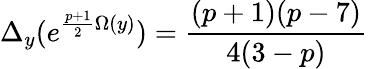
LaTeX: \Delta_{y}(e^{\frac{p+1}{2}\Omega(y)})=\frac{(p+1)(p-7)}{4(3-p)}